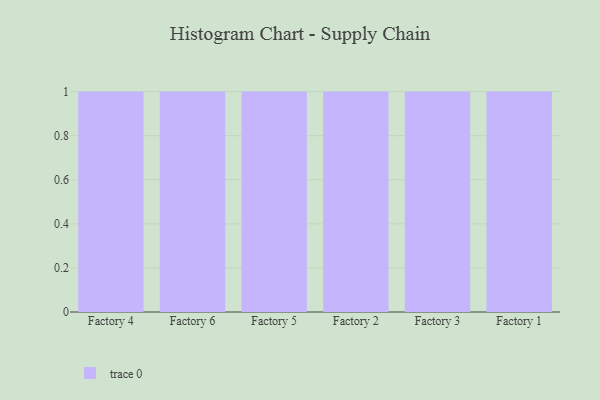
{"axis": {"x": "Factory", "y": "Gross Profit (USD K)"}, "legend": [""], "data": [{"x": "Factory 4", "y": 97, "type": ""}, {"x": "Factory 6", "y": 74, "type": ""}, {"x": "Factory 5", "y": 69, "type": ""}, {"x": "Factory 2", "y": 76, "type": ""}, {"x": "Factory 3", "y": 22, "type": ""}, {"x": "Factory 1", "y": 37, "type": ""}]}